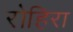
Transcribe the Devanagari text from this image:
रोहिरा